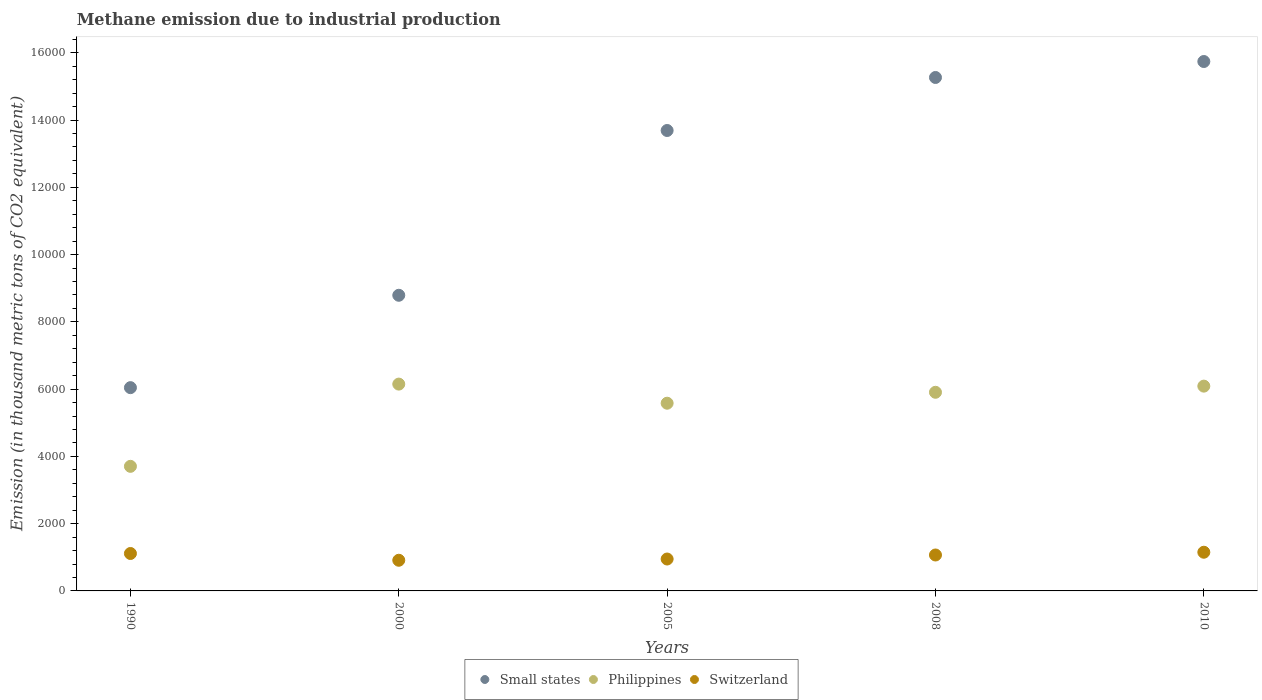
| Years | Small states | Philippines | Switzerland |
 | --- | --- | --- | --- |
 | 1990 | 6.04e+03 | 3.7e+03 | 1.11e+03 |
 | 2000 | 8.79e+03 | 6.15e+03 | 912 |
 | 2005 | 1.37e+04 | 5.58e+03 | 949 |
 | 2008 | 1.53e+04 | 5.91e+03 | 1.07e+03 |
 | 2010 | 1.57e+04 | 6.09e+03 | 1.15e+03 |